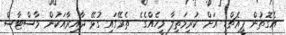
އެގޮތުން ޕީއެޗްޑީ އަށް ކުރިމަތިލާ މީހެއްގެ ެ ތެރޭގައި ގުޅޭ ދާއިރާއަކުން މާސްޓާސް